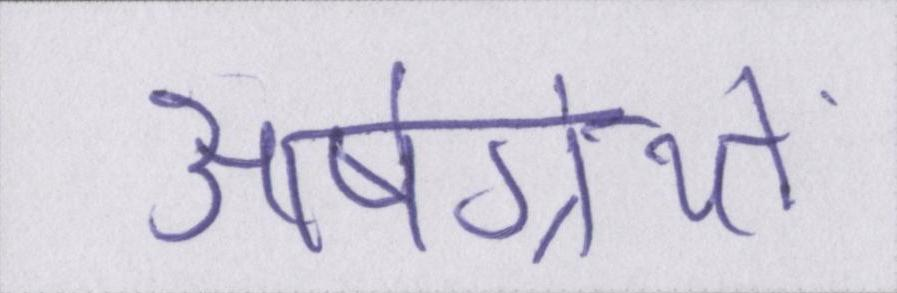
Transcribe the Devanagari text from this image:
आर्षग्रंथों